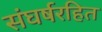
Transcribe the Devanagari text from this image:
संघर्षरहित